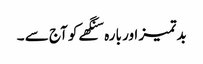
بدتمیز اور بارہ سنگھے کو آج سے ۔